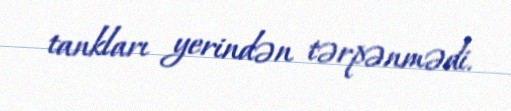
tankları yerindən tərpənmədi.